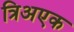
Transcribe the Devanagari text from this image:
त्रिअएक